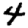
Digit: 4